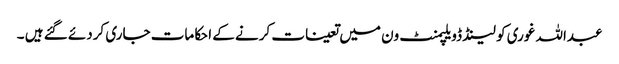
عبداللہ غوری کو لینڈ ڈویلپمنٹ ون میں تعینات کرنے کے احکامات جاری کردئے گئے ہیں ۔